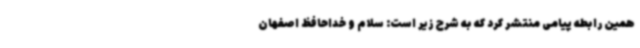
همین رابطه پیامی منتشر کرد که به شرح زیر است: سلام و خداحافظ اصفهان